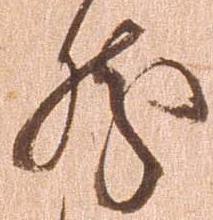
然